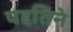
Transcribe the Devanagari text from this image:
पद्दतिने